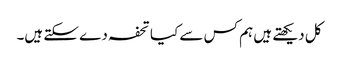
کل دیکھتے ہیں ہم کس سے کیا تحفہ دے سکتے ہیں۔